Vaccination in Burma 1920-1933 - 1920-1933
Year: 1920
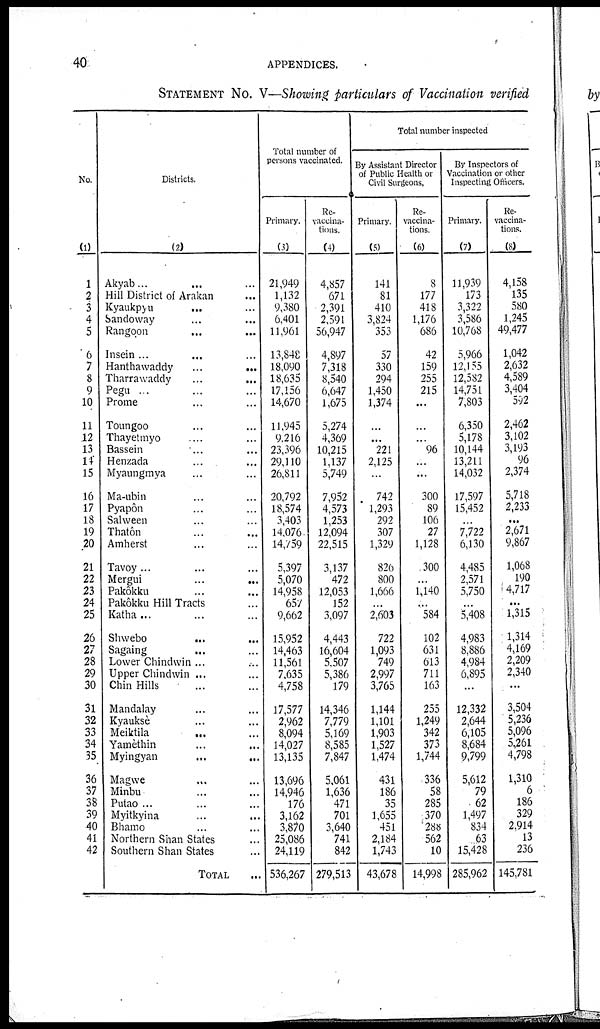
40
APPENDICES.
STATEMENT No. V—Showing particulars of Vaccination verified
No.
(1)
1
2
3
4
5
6
7
8
9
10
11
12
13
14
15
16
17
18
19
20
21
22
23
24
25
26
27
28
29
30
31
32
33
34
35
36
37
38
39
40
41
42
Districts.
(2)
Akyab... ... ... ...
Hill District of Arakan...
Kyaukpyu
... ...
Sandoway... ... ...
Rangoon... ...
Insein ... ... ...
Hanthawaddy
...
...
Tharrawaddy
...
...
Pegu ...
Prome... ...
Toungoo... ...
Thayetmyo... ...
Bassein... ... ...
Henzada... ... ...
Myaungmya... ...
Ma-ubin... ...
Pyapôn... ...
Salween... ...
Thatôn... ...
Amherst... ...
Tavoy... ... ...
Mergui
...
...
Pakôkku... ...
Pakôkku Hill Tracts...
Katha ...
Shwebo... ...
Sagaing... ...
Lower Chindwin ...
Upper Chindwin ...
Chin Hills... ...
Mandalay... ...
Kyaukse... ...
Meiktila
...
Yamèthin... ...
Myingyan
...
...
Magwe... ... ...
Minbu... ... ...
Putao ...
Myitkyina... ... ...
Bhamo... ...
Northern Shan States... ...
Southern Shan States... ...
TOTAL...
Total number of
persons vaccinated.
Primary.
(3)
21,949
1,132
9,380
6,401
11,961
13,848
18,090
18,635
17,156
14,670
11,945
9,216
23,396
29,110
26,811
20,792
18,574
3,403
14,076
14,759
5,397
5,070
14,958
657
9,662
15,952
14,463
11,561
7,635
4,758
17,577
2,962
8,094
14,027
13,135
13,696
14,946
176
3,162
3,870
25,086
24,119
536,267
Re-
vaccina-
tions.
(4)
4,857
671
2,391
2,591
56,947
4,897
7,318
8,540
6,647
1,675
5,274
4,369
10,215
1,137
5,749
7,952
4,573
1,253
12,094
22,515
3,137
472
12,053
152
3,097
4,443
16,604
5,507
5,386
179
14,346
7,779
5,169
8,585
7,847
5,061
1,636
471
701
3,640
741
842
279,513
Total number inspected
By Assistant Director
of Public Health or
Civil Surgeons.
Primary.
(5)
141
81
410
3,824
353
57
330
294
1,450
1,374
...
...
221
2,125
...
742
1,293
292
307
1,329
826
800
1,666
...
2,603
722
1,093
749
2,997
3,765
1,144
1,101
1,903
1,527
1,474
431
186
35
1,655
451
2,184
1,743
43,678
Re-
vaccina-
tions.
(6)
8
177
418
1,176
686
42
159
255
215
...
...
...
96
...
...
300
89
106
27
1,128
300
...
1,140
...
584
102
631
613
711
163
255
1,249
342
373
1,744
336
58
285
370
288
562
10
14,998
By Inspectors of
Vaccination or other
Inspecting Officers.
Primary.
(7)
11,939
173
3,322
3,586
10,768
5,966
12,155
12,582
14,751
7,803
6,350
5,178
10,144
13,211
14,032
17,597
15,452
...
7,722
6,130
4,485
2,571
5,750
...
5,408
4,983
8,886
4,984
6,895
...
12,332
2,644
6,105
8,684
9,799
5,612
79
62
1,497
834
63
15,428
285,962
Re-
vaccina-
tions.
(8)
4,158
135
580
1,245
49,477
1,042
2,632
4,589
3,404
592
2,462
3,102
3,193
96
2,374
5,718
2,233
...
2,671
9,867
1,068
190
4,717
...
1,315
1,314
4,169
2,209
2,340
...
3,504
5,236
5,096
5,261
4,798
1,310
6
186
329
2,914
13
236
145,781